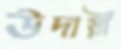
উদায়ী